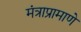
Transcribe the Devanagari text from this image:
मंत्राप्रामाणे